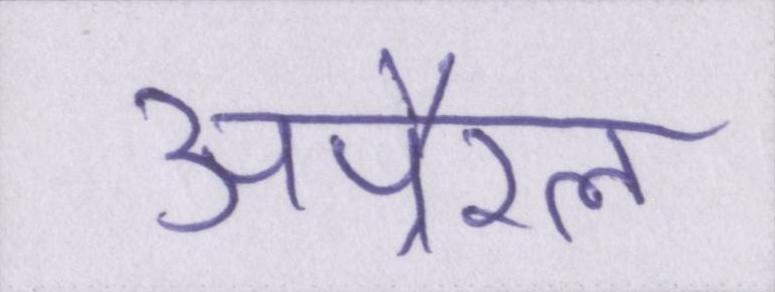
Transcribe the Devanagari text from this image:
अपै्रल